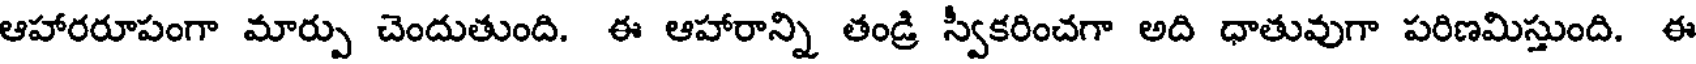
ఆహారరూపంగా మార్పు చెందుతుంది. ఈ ఆహారాన్ని తండ్రి స్వీకరించగా అది ధాతువుగా పరిణమిస్తుంది. ఈ